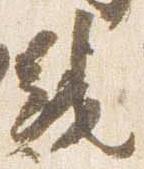
綾